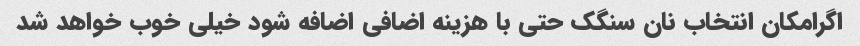
اگرامکان انتخاب نان سنگک حتی با هزینه اضافی اضافه شود خیلی خوب خواهد شد